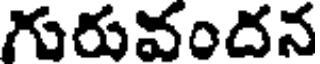
గురువందన